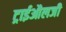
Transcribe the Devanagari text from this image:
ट्राईऔलजी